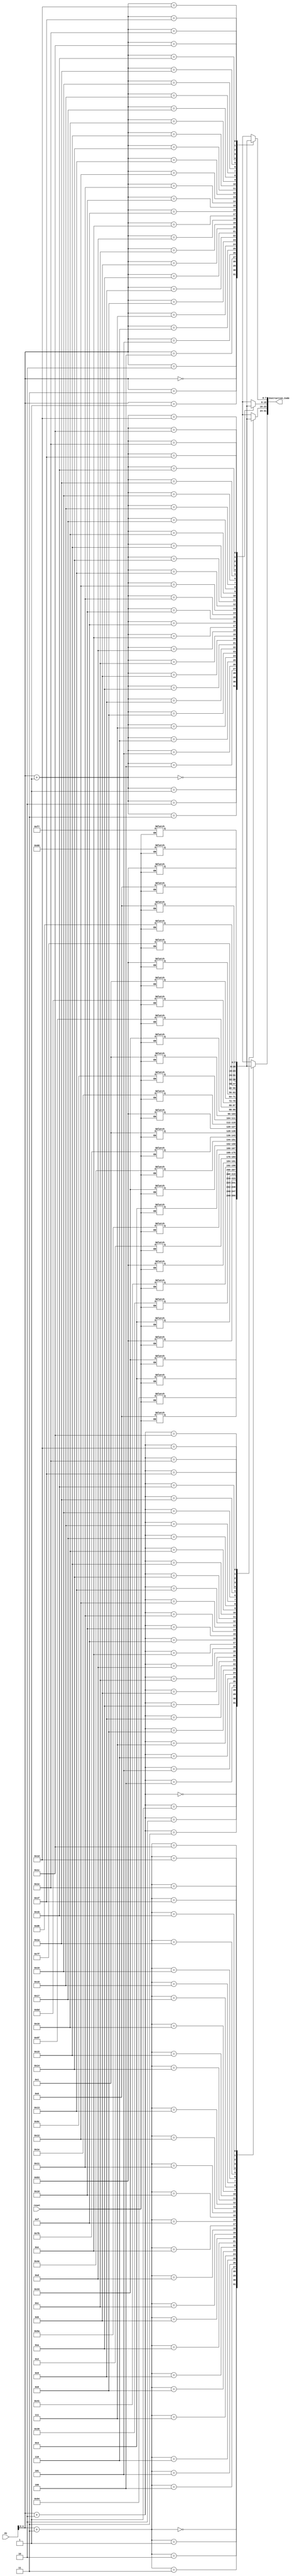
/* 
Instruction memory takes in two inputs: A 32-bit Program counter and a 1-bit reset. 
The memory is initialized when reset is 1.
When reset is set to 0, Based on the value of PC, corresponding 32-bit Instruction code is output
*/
module INST_MEM(
    input [31:0] PC,
    input reset,
    output [31:0] Instruction_Code
);
    reg [7:0] Memory [31:0]; // Byte addressable memory with 32 locations

    // Under normal operation (reset = 0), we assign the instr. code, based on PC
    assign Instruction_Code = {Memory[PC+3],Memory[PC+2],Memory[PC+1],Memory[PC]};

    // Initializing memory when reset is one
    always @(reset)
    begin
        if(reset == 1)
        begin
            // Setting 32-bit instruction: add t1, s0,s1 => 0x00940333 
            Memory[3] = 8'h00;
            Memory[2] = 8'h94;
            Memory[1] = 8'h03;
            Memory[0] = 8'h33;
            // Setting 32-bit instruction: sub t2, s2, s3 => 0x413903b3
            Memory[7] = 8'h41;
            Memory[6] = 8'h39;
            Memory[5] = 8'h03;
            Memory[4] = 8'hb3;
            // Setting 32-bit instruction: mul t0, s4, s5 => 0x035a02b3
            Memory[11] = 8'h03;
            Memory[10] = 8'h5a;
            Memory[9] = 8'h02;
            Memory[8] = 8'hb3;
            // Setting 32-bit instruction: xor t3, s6, s7 => 0x017b4e33
            Memory[15] = 8'h01;
            Memory[14] = 8'h7b;
            Memory[13] = 8'h4e;
            Memory[12] = 8'h33;
            // Setting 32-bit instruction: sll t4, s8, s9
            Memory[19] = 8'h01;
            Memory[18] = 8'h9c;
            Memory[17] = 8'h1e;
            Memory[16] = 8'hb3;
            // Setting 32-bit instruction: srl t5, s10, s11
            Memory[23] = 8'h01;
            Memory[22] = 8'hbd;
            Memory[21] = 8'h5f;
            Memory[20] = 8'h33;
            // Setting 32-bit instruction: and t6, a2, a3
            Memory[27] = 8'h00;
            Memory[26] = 8'hd6;
            Memory[25] = 8'h7f;
            Memory[24] = 8'hb3;
            // Setting 32-bit instruction: or a7, a4, a5
            Memory[31] = 8'h00;
            Memory[30] = 8'hf7;
            Memory[29] = 8'h68;
            Memory[28] = 8'hb3;
        end
    end

endmodule